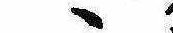
ゝ